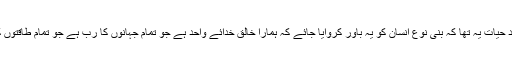
آپ کا مقصد حیات یہ تھا کہ بنی نوع انسان کو یہ باور کروایا جائے کہ ہمارا خالق خدائے واحد ہے جو تمام جہانوں کا رب ہے جو تمام طاقتوں کا منبع ہے۔